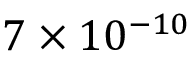
7 \times 1 0 ^ { - 1 0 }